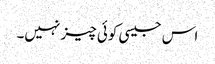
اس جیسی کوئی چیز نہیں۔